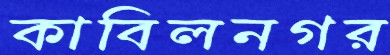
কাবিলনগর